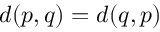
d ( p , q ) = d ( q , p )